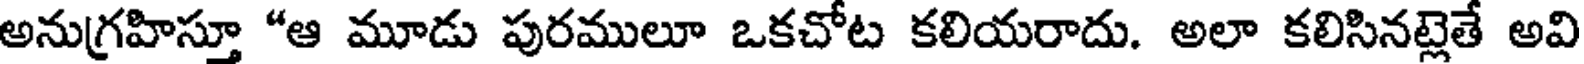
అనుగ్రహిస్తూ "ఆ మూడు పురములూ ఒకచోట కలియరాదు. అలా కలిసినట్లెతే అవి